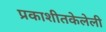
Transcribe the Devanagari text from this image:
प्रकाशीतकेलेली